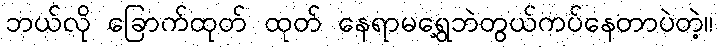
ဘယ်လို ခြောက်ထုတ် ထုတ် နေရာမရွေ့ဘဲတွယ်ကပ်နေတာပဲတဲ့။